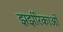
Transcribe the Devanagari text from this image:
झर्झरिकाओं